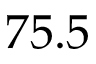
7 5 . 5